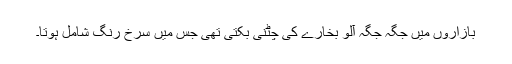
بازاروں میں جگہ جگہ آلو بخارے کی چٹنی بکتی تھی جس میں سرخ رنگ شامل ہوتا۔